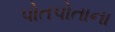
પોતપોતાના